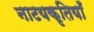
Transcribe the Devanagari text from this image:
नाटयकृतियाँ